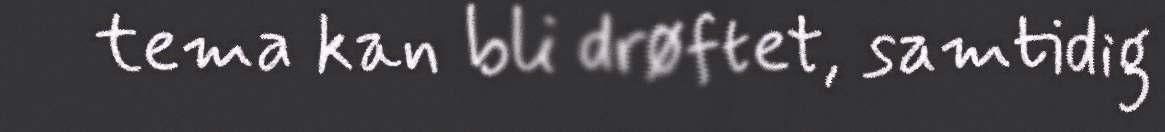
tema kan bli drøftet, samtidig